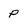
Character: P